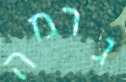
גרמה